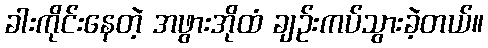
ခါးကိုင်းနေတဲ့ အဖွားအိုထံ ချဉ်းကပ်သွားခဲ့တယ်။